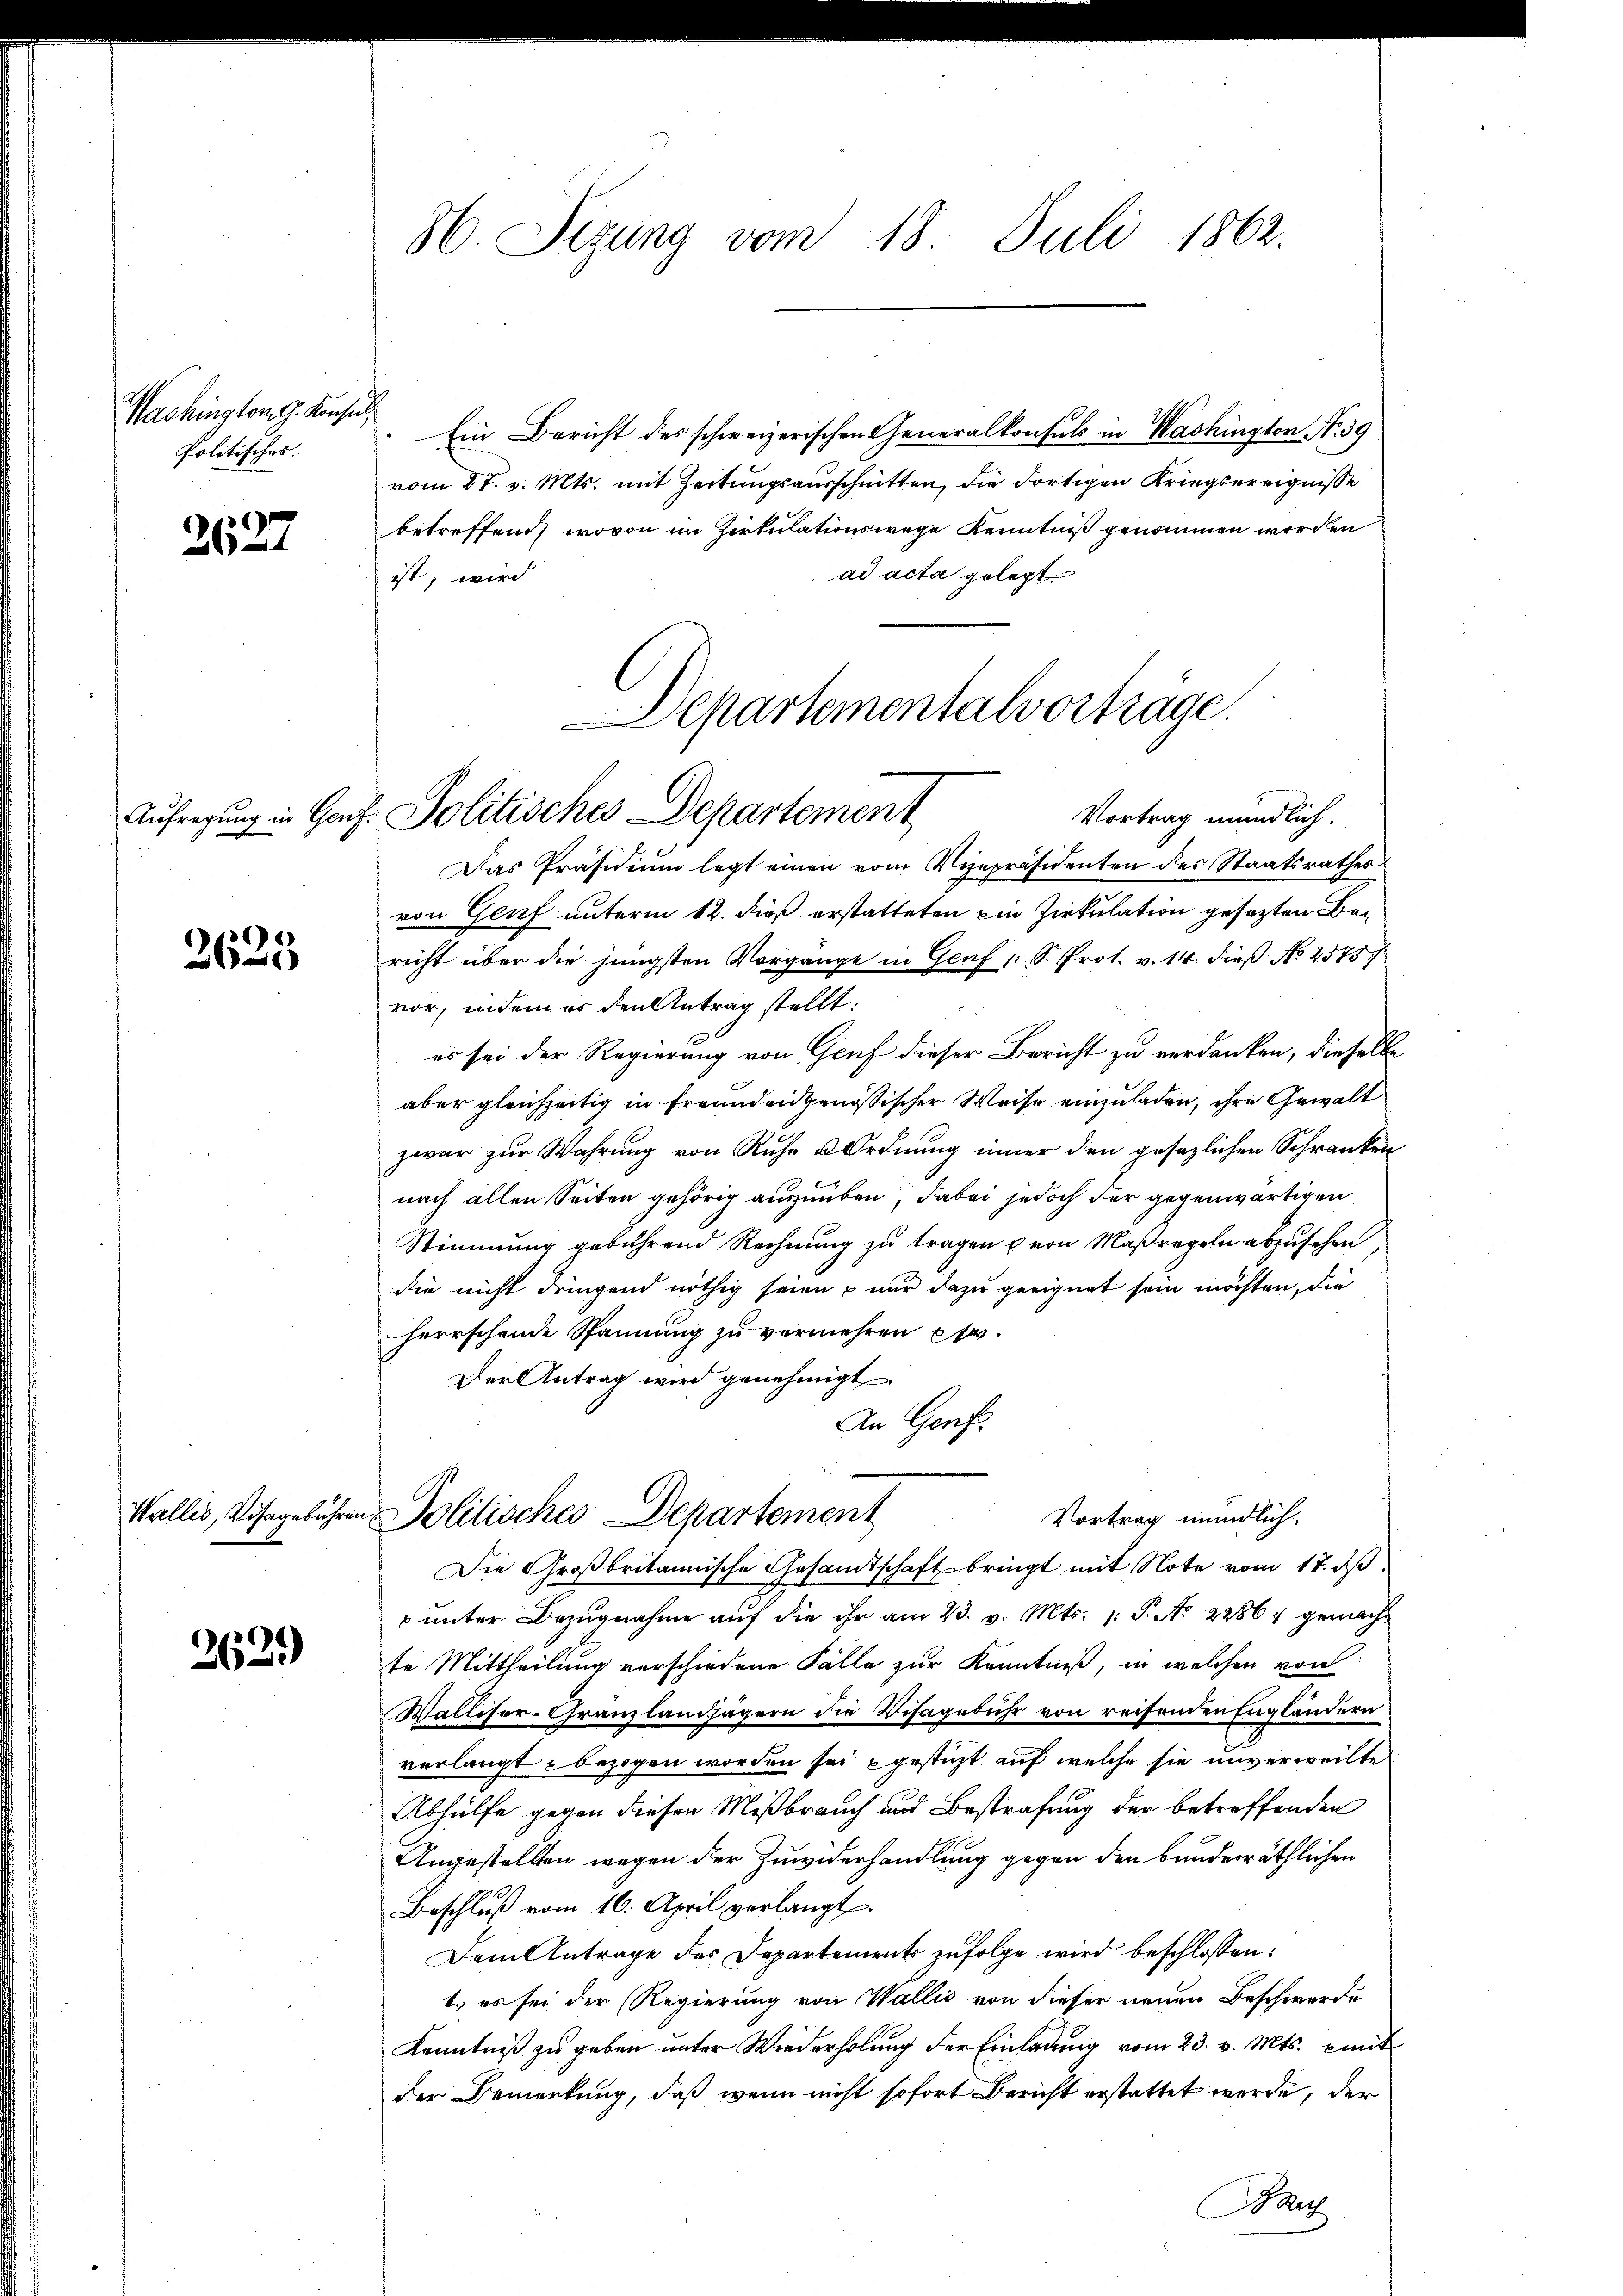
Washington G. Konsul
Politisches.

2627

2625

2629

H. Stzung vom 18. Juli 1862.

Ein Bericht des schweizerischen Generalkonsuls in Washington No. 39
vom 27. v. Mts. mit Zeitungsausschnitten, die dortigen Kriegsereignisse
betreffend, wovon im Zirkulationswege Kenntniß genommen worden
ad acta gelegt.
ist, wird
Das Präsidium legt einen vom Vizepräsidenten des Staatsrathes
von Genf unterm 12. dieß erstatteten ein Zirkulation gesezten Bericht über die jüngsten Vorgange in Genf 1 S. Prot. v. 14. dieß No 2575
vor, indem es den Antrag stellt:
es sei der Regierung von Genf dieser Bericht zu verdanken, dieselb
aber gleichzeitig in freunden genössischer Weise einzuladen, ihre Gewalt
zwar zur Wahrung von Ruhe u Ordnung inner den gesezlichen Schranken
nach allen Seiten gehörig auszuüben, dabei jedoch der gegenwärtigen
Stimmung gebührend Rechnung zu tragen von Maßregeln abzusehen,
die nicht dringend nöthig seien, nur dazu geeignet sein möchten, die
herrschende Spannung zu vermehren pr.
Der Antrag wird genehmigt
An Genf.
Wallis, Visagebühren Politisches Departement
Vortrag mündlich.
Die Großbritannische Gesandtschaft bringt mit Note vom 17. dβ.
 unter Bezugnahme auf die ihr am 23. v. Mts. 1: P. No 2286/ gemacht
te Mittheilung verschiedene Fälle zur Kenntniß, in welchen von
Walliser-Granzlandsägern die Visagebühr von reifenden Engländern
verlangt bezogen worden sei gesteht auf welche sie unverweilte
Abhülfe gegen diesen Mißbrauch und Bestrafung der betreffenden
Angestellten wegen der Zuwiderhandlung gegen den bunderräthlichen
Beschluß vom 16. April verlangt.
Dem Antrage des Departements zufolge wird beschlossen:
1.) es sei der Regierung von Wallis von dieser neuen Beschwerde
Kenntniß zu geben unter Wiederholung der Einladung vom 23. v. Mts. mit
der Bemerkung, daß wenn nicht sofort Bericht erstattet werde, der
ar

Departementalvorträge.
Aufregung in Gonf. Politisches Departement
Vortrag mündlich.